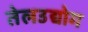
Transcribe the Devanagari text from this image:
तेलउद्योग